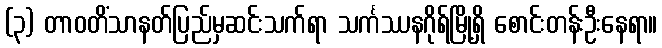
(၃) တာဝတိံသာနတ်ပြည်မှဆင်းသက်ရာ သင်္ကဿနဂိုရ်မြို့ရှိ စောင်းတန်းဦးနေရာ။